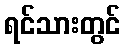
ရင်သားတွင်